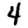
Digit: 4